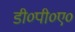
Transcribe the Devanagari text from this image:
डी०पी०ए०